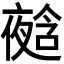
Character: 𭐿